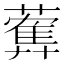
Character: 𦿠